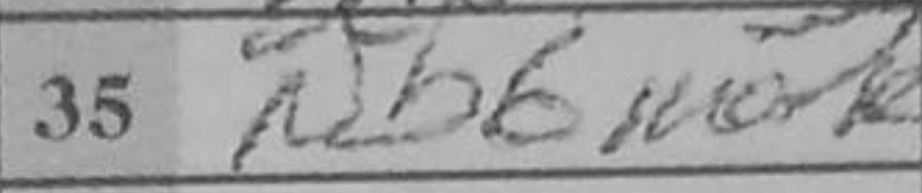
Transcription: Nb6